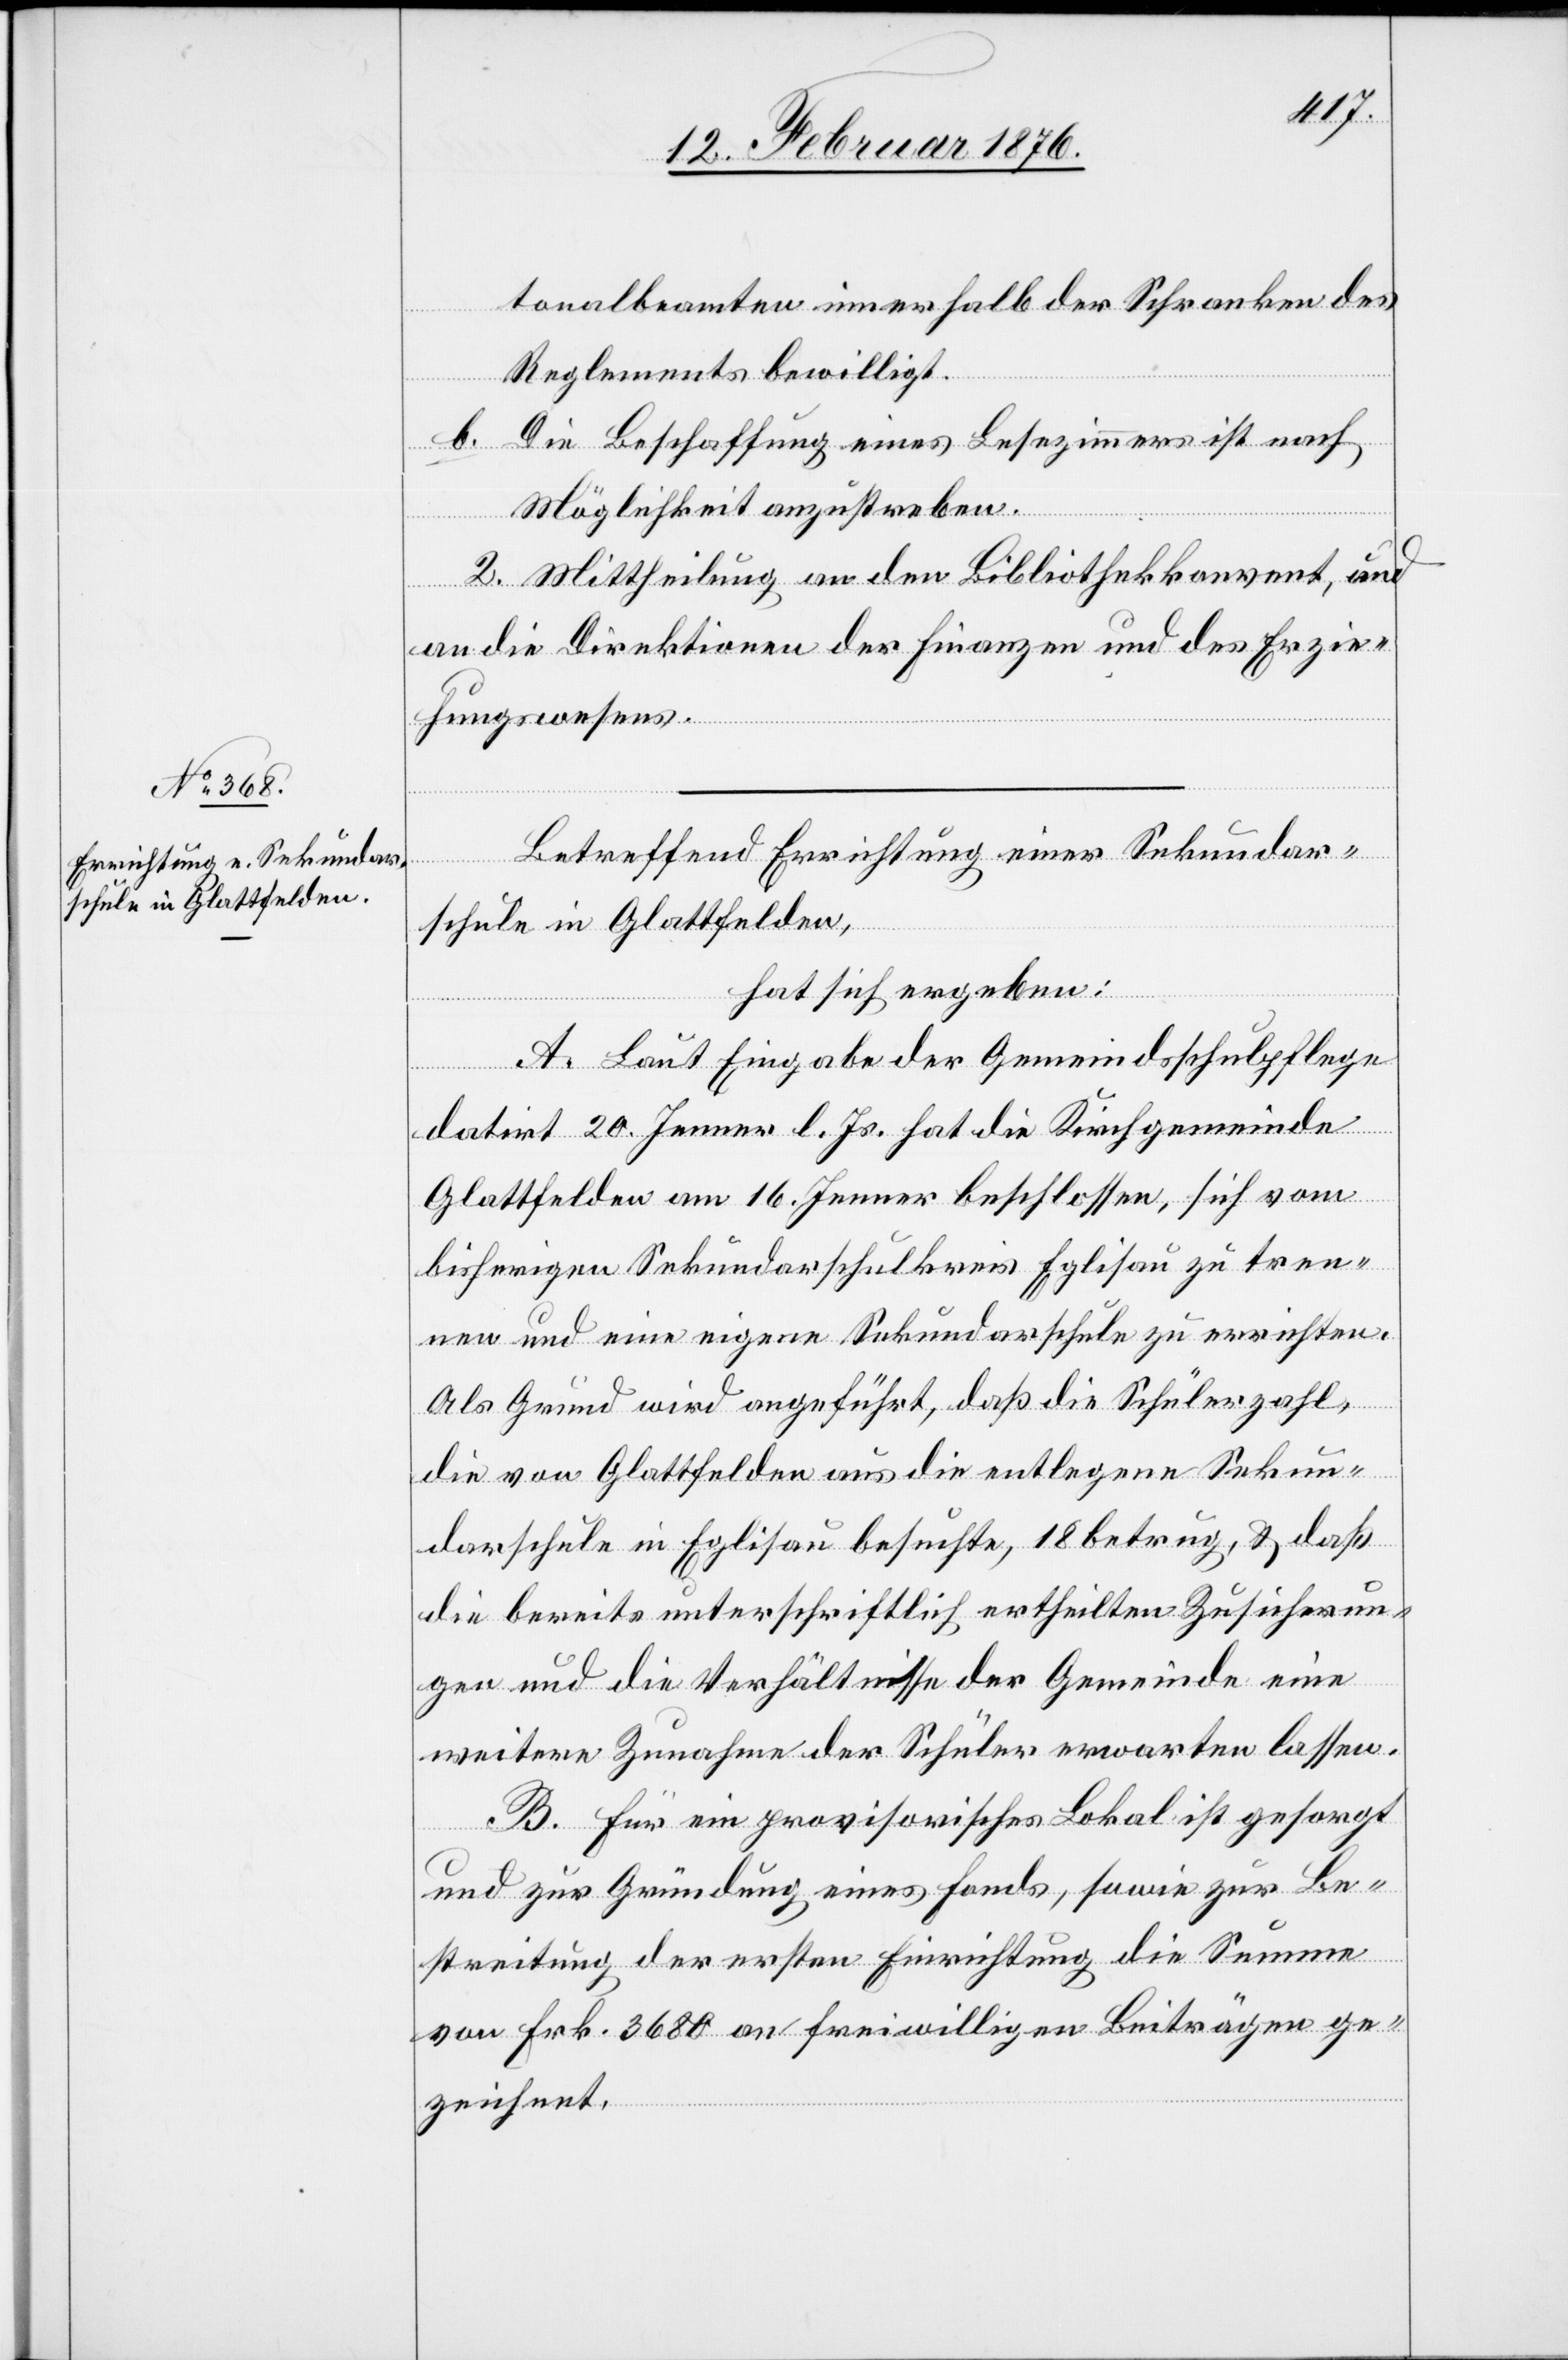
tonalbeamten innerhalb der Schranken des
Reglements bewilligt.
b. Die Beschaffung eines Lehrzimmers ist nach
Möglichkeit anzustreben.
2. Mittheilung an den Bibliothekkonvent, und
an die Direktion der Finanzen und des Erzie¬
hungswesen.
Betreffend Errichtung einer Sekundar¬
schule in Glattfelden,
hat sich ergeben:
A. Laut Eingabe der Gemeindsschulpflege
datirt 20. Jenner l. Js. hat die Kirchgemeinde
Glattfelden am 16. Jenner beschlossen, sich vom
bisherigen Sekundarschulkreis Eglisau zu tren¬
nen und eine eigene Sekundarschule zu errichten.
Als Grund wird angeführt, daß die Schülerzahl,
die von Glattfelden aus die entlegene Sekun¬
darschule in Eglisau besuchte, 18 betrug, & daß
die bereits unterschriftlich ertheilten Zusicherun¬
gen und die Verhältnisse der Gemeinde eine
weitere Zunahme der Schüler erwarten lassen.
B. Für ein provisorisches Lokal ist gesorgt
und zur Gründung eines Fonds, sowie zur Be¬
streitung der ersten Einrichtung die Summe
von Frk. 3680 an freiwilligen Beiträgen ge¬
zeichnet.